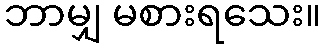
ဘာမျှ မစားရသေး။